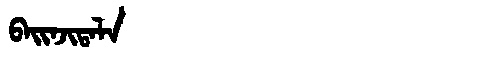
Manchu: ᠪᠠᡳᠨᠵᡳᡨᠠᠯᠠ
Romanization: BAINJITALA